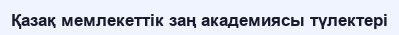
Қазақ мемлекеттік заң академиясы түлектері